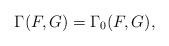
LaTeX: \begin{align*} \Gamma(F,G)=\Gamma_0(F,G), \end{align*}